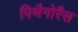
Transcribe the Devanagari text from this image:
पिथैगोरैस